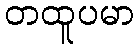
တထူပမာ